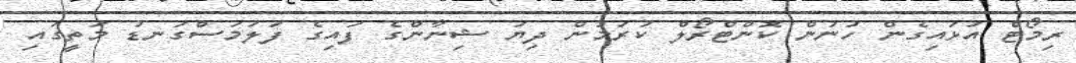
ރިމޯޓް އަޅައިގެން ހުނުން ކޮންޓްރޯލް ކުރަމުން ދިޔަ ޝިނާންގެ ފައިގެ ފަލަމަސްގަނޑު މަތީގައި